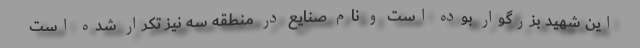
این شهید بزرگوار بوده است و نام صنایع در منطقه سه نیز تکرار شده است